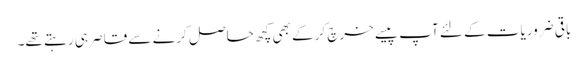
باقی ضروریات کے لئے آپ پیسے خرچ کرکے بھی کچھ حاصل کرنے سے قاصر ہی رہتے تھے۔